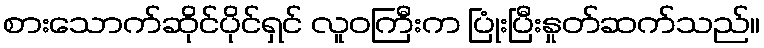
စားသောက်ဆိုင်ပိုင်ရှင် လူဝကြီးက ပြုံးပြီးနှုတ်ဆက်သည်။